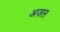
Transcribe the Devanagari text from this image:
अज़ल